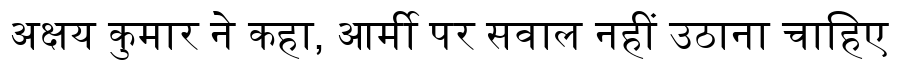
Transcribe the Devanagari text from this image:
अक्षय कुमार ने कहा, आर्मी पर सवाल नहीं उठाना चाहिए